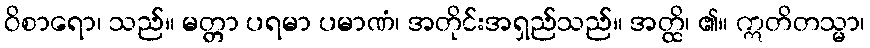
ဝိစာရော၊ သည်။ မတ္တာ ပရမာ ပမာဏံ၊ အတိုင်းအရှည်သည်။ အတ္ထိ၊ ၏။ ဣတိတသ္မာ၊